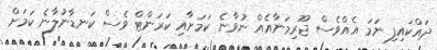
ދައްކައިފި ނަމަ އެއްވެސް ޖޫރިމަނާއެއް ނުވާނެ ކަމަށާއި ކަރަންޓް ވެސް ކަނޑާނުލާނެ ކަމަށް